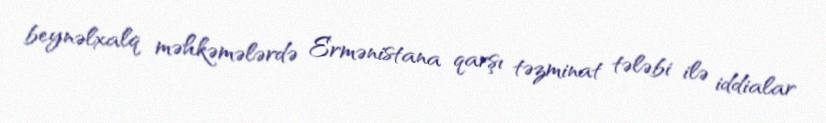
beynəlxalq məhkəmələrdə Ermənistana qarşı təzminat tələbi ilə iddialar